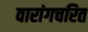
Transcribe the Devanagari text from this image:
वारांगचरित